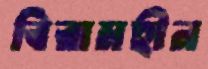
বিরামহীন